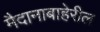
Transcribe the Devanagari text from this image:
मैदानाबाहेरील